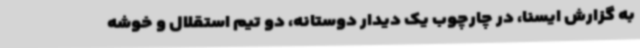
به گزارش ایسنا، در چارچوب یک دیدار دوستانه، دو تیم استقلال و خوشه